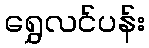
ရွှေလင်ပန်း